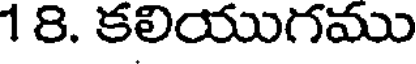
18. కలియుగము